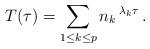
LaTeX: \begin{align*}T(\tau)=\sum\limits_{1\leq{}k\leq{}p}n_k\,{}^{\lambda_k\tau}\,.\end{align*}